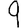
Digit: 9